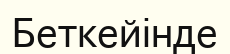
Беткейінде